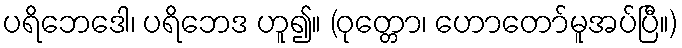
ပရိဘေဒေါ၊ ပရိဘေဒ ဟူ၍။ (ဝုတ္တော၊ ဟောတော်မူအပ်ပြီ။)